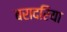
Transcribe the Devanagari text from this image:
बरादरिया